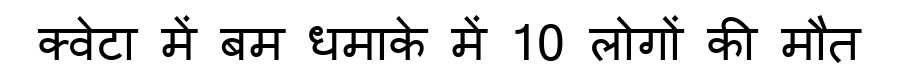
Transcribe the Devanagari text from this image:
क्वेटा में बम धमाके में 10 लोगों की मौत